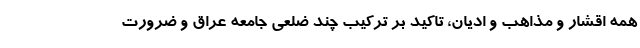
همه اقشار و مذاهب و ادیان، تاکید بر ترکیب چند ضلعی جامعه عراق و ضرورت